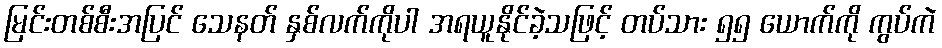
မြင်းတစ်စီးအပြင် သေနတ် နှစ်လက်ကိုပါ အရယူနိုင်ခဲ့သဖြင့် တပ်သား ၅၅ ယောက်ကို ကွပ်ကဲ